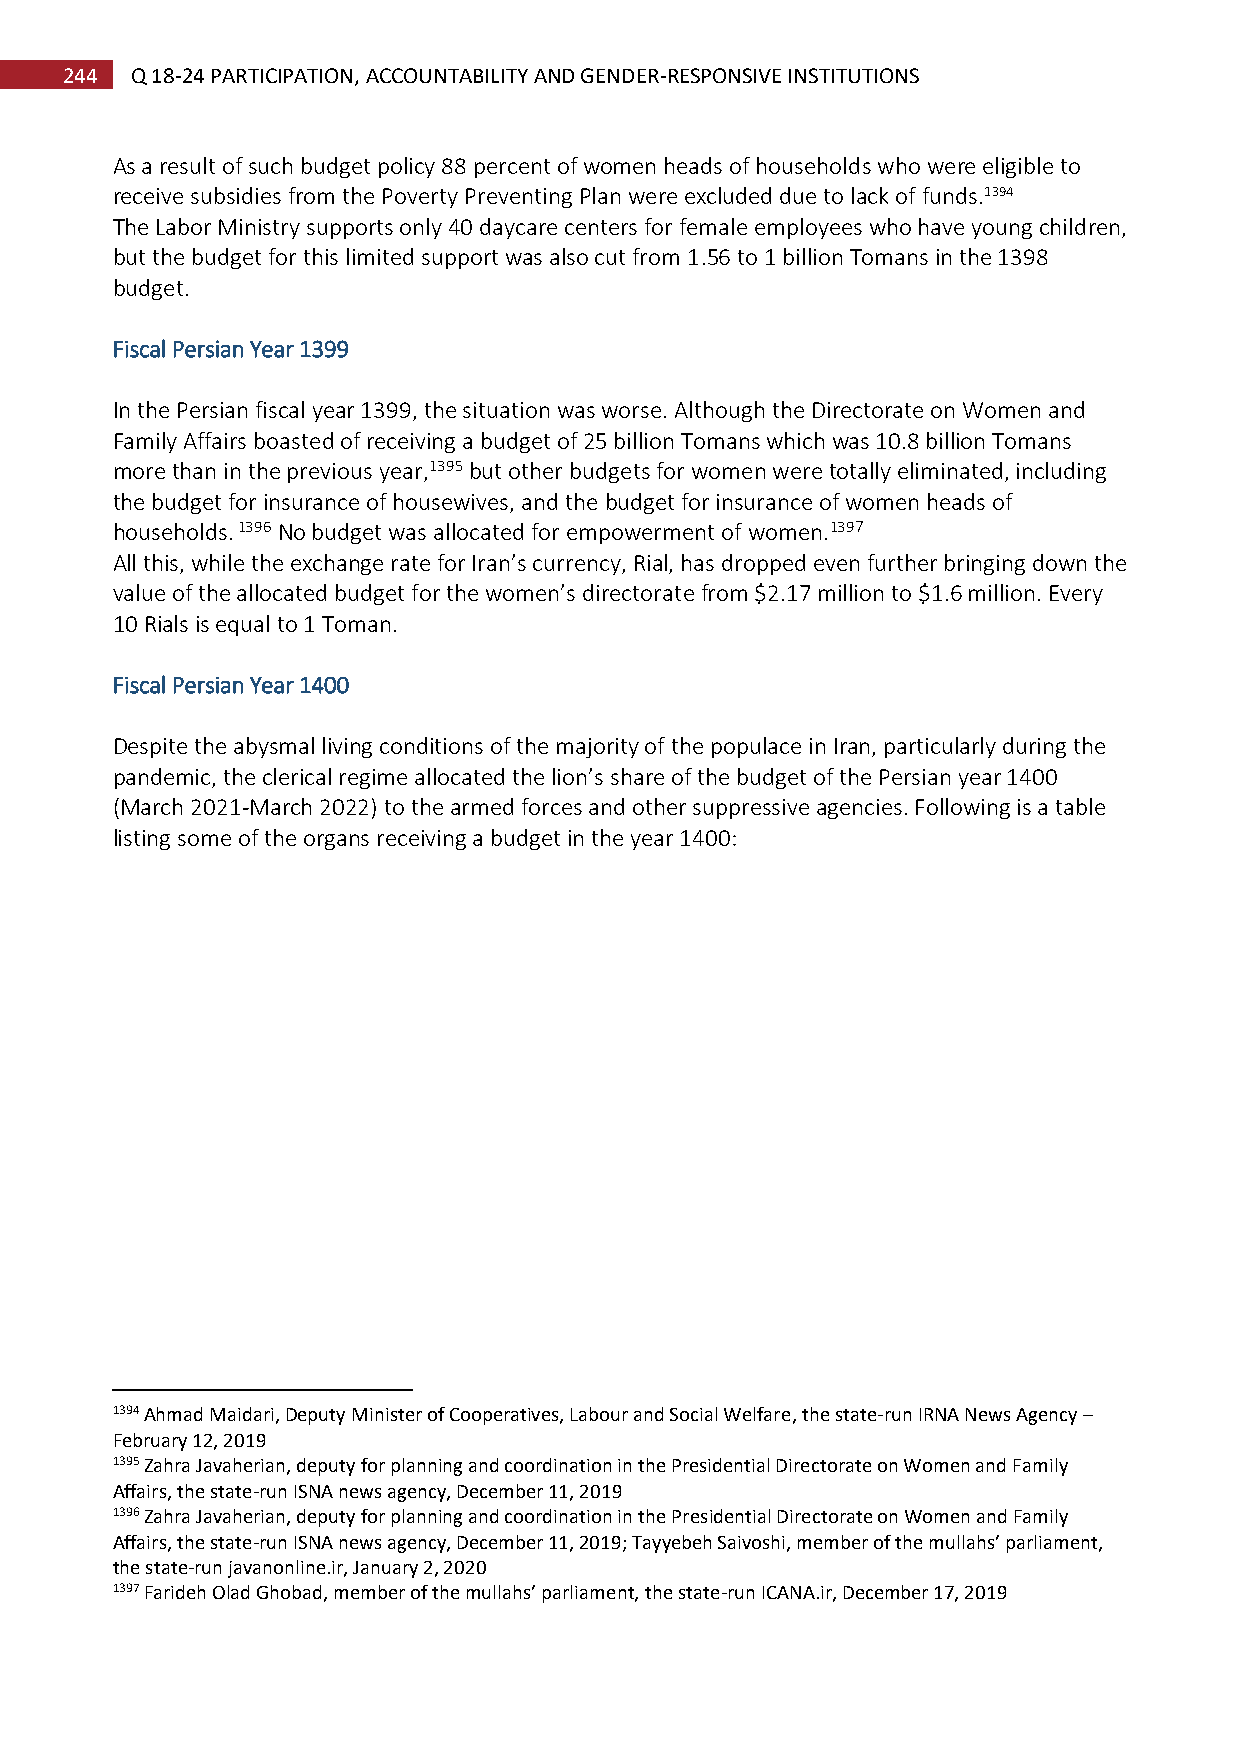
244  Q 18-24 PARTICIPATION, ACCOUNTABILITY AND GENDER-RESPONSIVE INSTITUTIONS
 As a result of such budget policy 88 percent of women heads of households who were eligible to
 receive subsidies from the Poverty Preventing Plan were excluded due to lack of funds.1394
 The Labor Ministry supports only 40 daycare centers for female employees who have young children,
 but the budget for this limited support was also cut from 1.56 to 1 billion Tomans in the 1398
 budget.
 Fiscal Persian Year 1399
 In the Persian fiscal year 1399, the situation was worse. Although the Directorate on Women and
 Family Affairs boasted of receiving a budget of 25 billion Tomans which was 10.8 billion Tomans
 more than in the previous year,1395 but other budgets for women were totally eliminated, including
 the budget for insurance of housewives, and the budget for insurance of women heads of
 households. 1396 No budget was allocated for empowerment of women.1397
 All this, while the exchange rate for Iran’s currency, Rial, has dropped even further bringing down the
 value of the allocated budget for the women’s directorate from $2.17 million to $1.6 million. Every
 10 Rials is equal to 1 Toman.
 Fiscal Persian Year 1400
 Despite the abysmal living conditions of the majority of the populace in Iran, particularly during the
 pandemic, the clerical regime allocated the lion’s share of the budget of the Persian year 1400
 (March 2021-March 2022) to the armed forces and other suppressive agencies. Following is a table
 listing some of the organs receiving a budget in the year 1400:
 1394 Ahmad Maidari, Deputy Minister of Cooperatives, Labour and Social Welfare, the state-run IRNA News Agency –
 February 12, 2019
 1395 Zahra Javaherian, deputy for planning and coordination in the Presidential Directorate on Women and Family
 Affairs, the state-run ISNA news agency, December 11, 2019
 1396 Zahra Javaherian, deputy for planning and coordination in the Presidential Directorate on Women and Family
 Affairs, the state-run ISNA news agency, December 11, 2019; Tayyebeh Saivoshi, member of the mullahs’ parliament,
 the state-run javanonline.ir, January 2, 2020
 1397 Farideh Olad Ghobad, member of the mullahs’ parliament, the state-run ICANA.ir, December 17, 2019